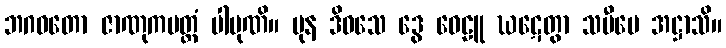
ဘဂဝတော ဇာဏုကမတ္တံ ပါပုဏိ။ ပုန ဒိဝသေ ဒွေ ဝေဠူ ဃဋေတွာ သမီပေ အဋ္ဌာသိ။